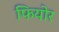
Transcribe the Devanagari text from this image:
फियोर